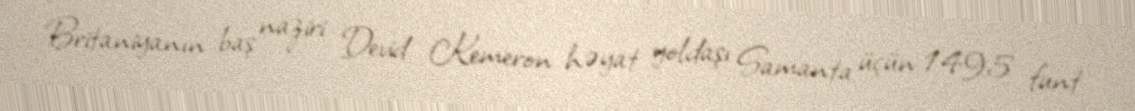
Britaniyanın baş naziri Devid Kemeron həyat yoldaşı Samanta üçün 1495 funt